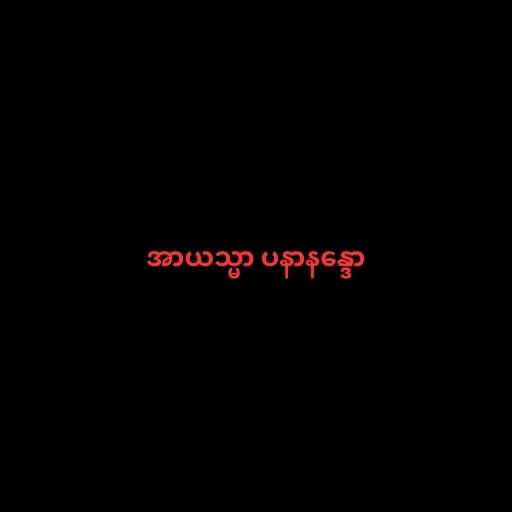
အာယသ္မာ ပနာနန္ဒော